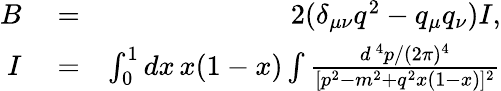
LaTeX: \begin{array}{rlr}{B}&{{}=}&{2(\delta_{\mu\nu}q^{2}-q_{\mu}q_{\nu})I,}\\ {I}&{{}=}&{\int_{0}^{1}dx\, x(1-x)\int{\frac{d^{\, 4}p/(2\pi)^{4}}{[p^{2}-m^{2}+q^{2}x(1-x)]^{2}}}}\end{array}